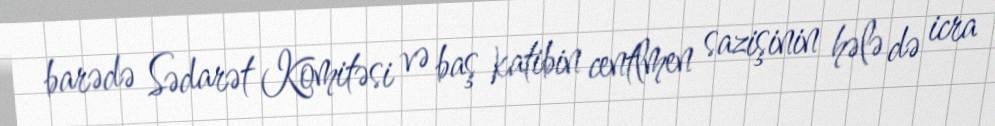
barədə Sədarət Komitəsi və baş katibin centlmen sazişinin hələ də icra